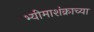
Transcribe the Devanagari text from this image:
भ्यीमाशंक्राच्या